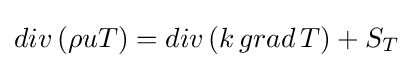
{div\,(\rho uT)}={div\,(k\,grad\,T)}+{S_{T}}